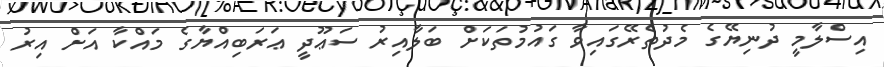
އިސްލާމީ ދުނިޔޭގެ މެދުތެރޭގައިވާ ގައުމުތަކަށް ބަލާއިރު ސަޢޫދީ ޢަރަބިއްޔާގެ މައްކާ އަށް އިރު